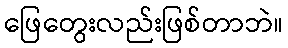
ဖြေတွေးလည်းဖြစ်တာဘဲ။